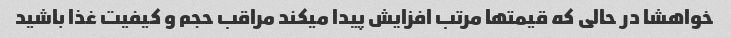
خواهشا در حالی که قیمتها مرتب افزایش پیدا میکند مراقب حجم و کیفیت غذا باشید